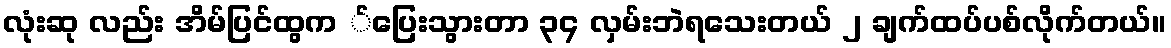
လုံးဆု လည်း အိမ်ပြင်ထွက ်ပြေးသွားတာ ၃၄ လှမ်းဘဲရသေးတယ် ၂ ချက်ထပ်ပစ်လိုက်တယ်။